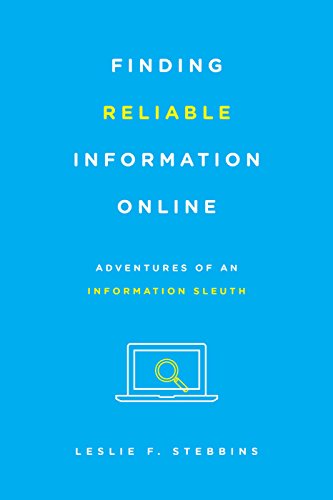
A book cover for Finding Reliable Information Online: Adventures of an Information Sleuth; Leslie F. Stebbins; Politics & Social Sciences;